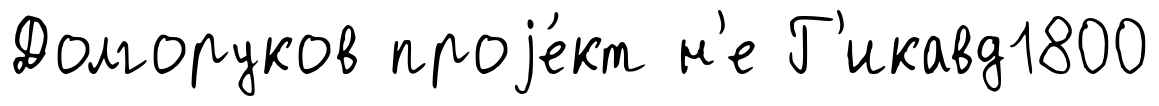
Долгоруков проjе́кт н'е Г'икавд1800